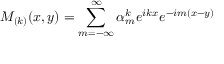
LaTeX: M _ { ( k ) } ( x , y ) = \sum _ { m = - \infty } ^ { \infty } \alpha _ { m } ^ { k } e ^ { i k x } e ^ { - i m ( x - y ) }